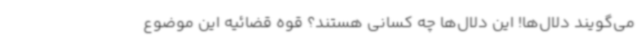
می‌گویند دلال‌ها! این دلال‌ها چه کسانی هستند؟ قوه قضائیه این موضوع